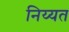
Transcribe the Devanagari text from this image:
निय्यत